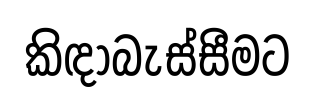
කිඳාබැස්සීමට